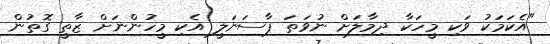
"އެކަމަކު ވަކި މީހަކާ ދިމާލަށް ނުވަތަ ޕާސަނަލީ އެކި މީހުންނަށް ޒާތީ ގޮތުން